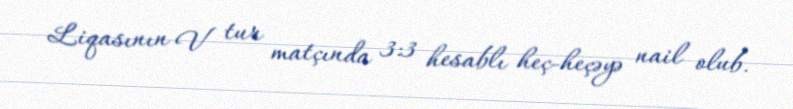
Liqasının V tur matçında 3:3 hesablı heç-heçəyə nail olub.